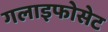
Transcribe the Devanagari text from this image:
गलाइफोसेट